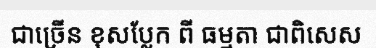
ជាច្រើន ខុសប្លែក ពី ធម្មតា ជាពិសេស